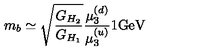
m _ { b } \simeq { \sqrt { \frac { G _ { H _ { 2 } } } { G _ { H _ { 1 } } } } } { \frac { \mu _ { 3 } ^ { ( d ) } } { \mu _ { 3 } ^ { ( u ) } } } { 1 } \mathrm { G e V }